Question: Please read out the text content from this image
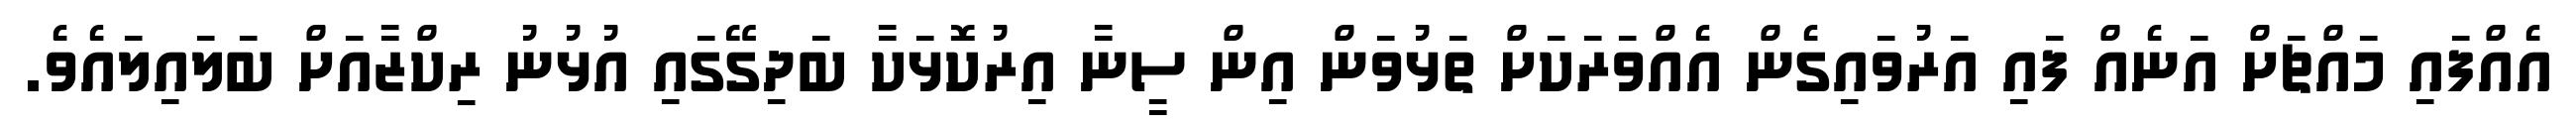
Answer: އެއްފައި މައްޗަށް އަނެއް ފައި އަރުވައިގެން އެއްވަރަކަށް ތަޅުވަން އިން ސީނާ އިރުކޮޅަކާ ބަދިގޭގައި އުޅުނު ރިކްޒާއަށް ބަލައިލައެވެ.